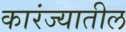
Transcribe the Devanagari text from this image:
कारंज्यातील